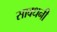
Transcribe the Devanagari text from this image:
सावधनी